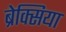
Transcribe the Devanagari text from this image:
ब्रेक्सिया